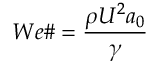
W e \# = \frac { \rho U ^ { 2 } a _ { 0 } } { \gamma }